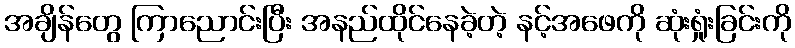
အချိန်တွေ ကြာညောင်းပြီး အနည်ထိုင်နေခဲ့တဲ့ နင့်အဖေကို ဆုံးရှုံးခြင်းကို